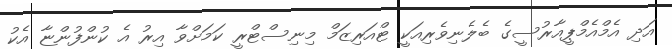
އަދި އެމްއެމްޕީއާރުސީގެ ބެލެނިވެރިއަކީ ޓްއަރިޒަމް މިނިސްޓްރީ ކަމަށްވާ އިރު އެ ކުންފުންޏާ އެކު